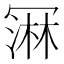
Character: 𰃲